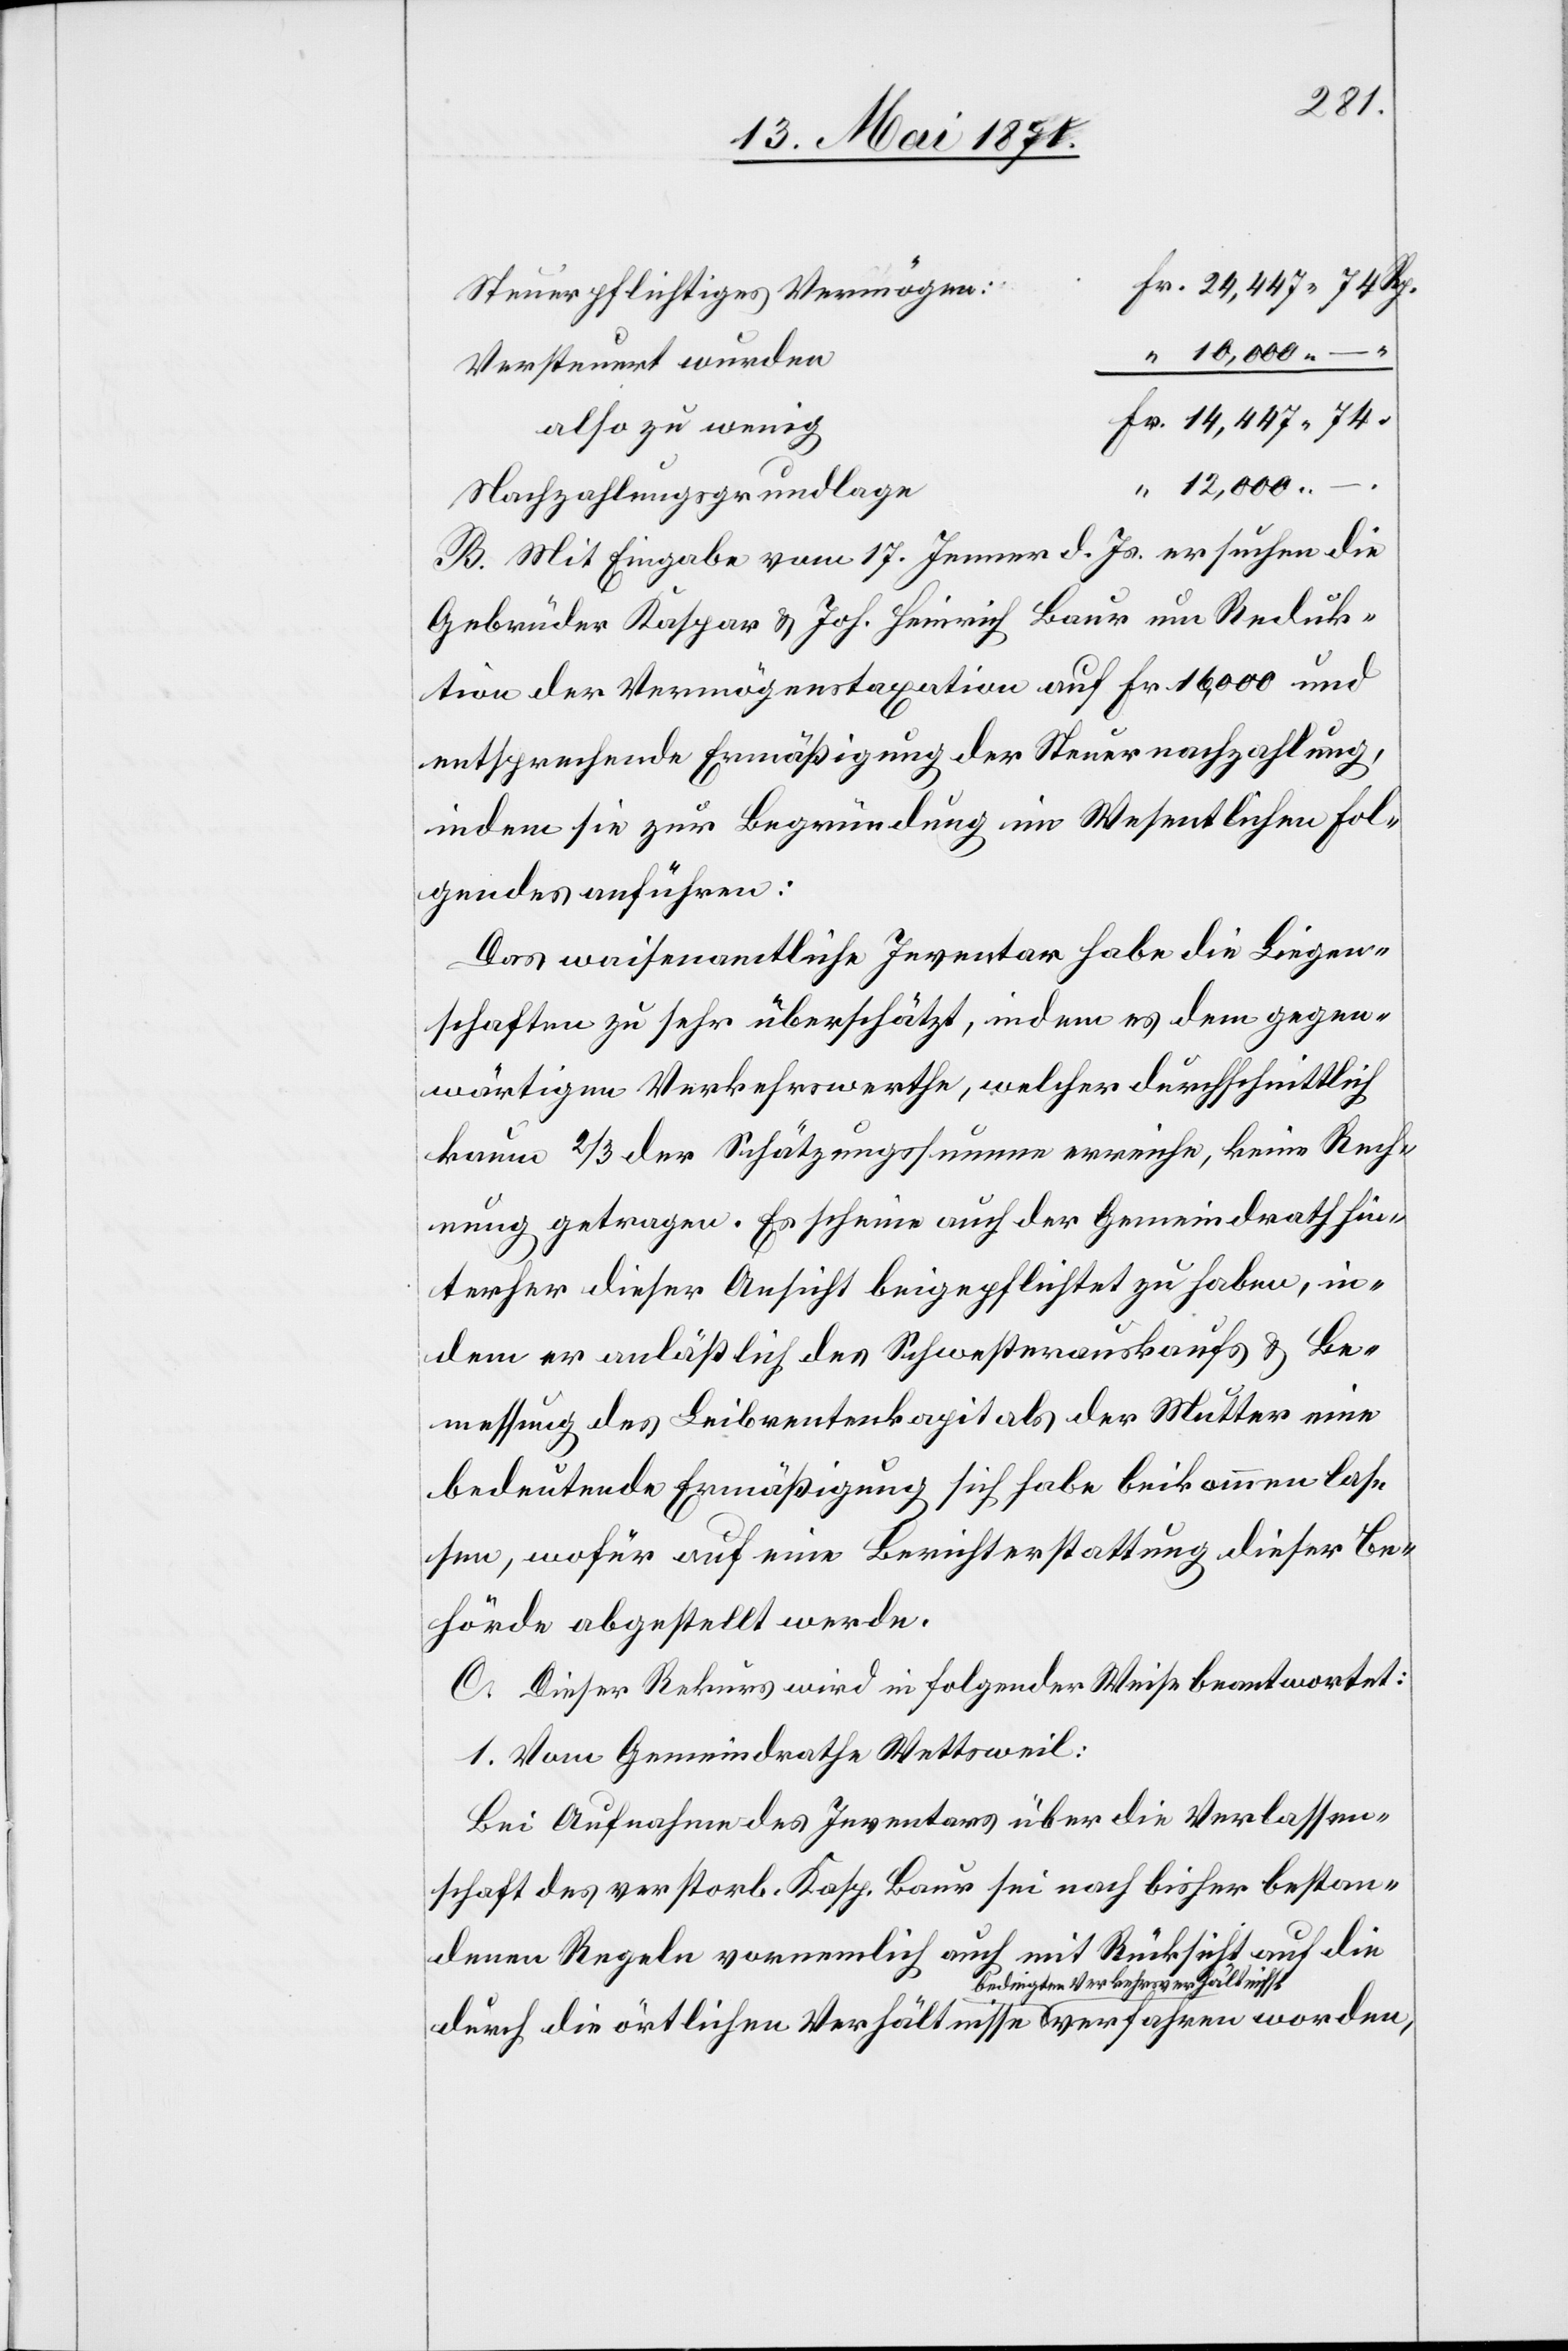
Steuerpflichtiges Vermögen:
Versteuert wurden
also zu wenig
worden,
12,000.–.
Nachzahlungsgrundlage
B. Mit Eingabe vom 17. Jenner d. Js. ersuchen die
Gebrüder Kaspar u. Joh. Heinrich Baur um Reduk¬
tion der Vermögenstaxation auf Fr. 16,000 und
entsprechende Ermäßigung der Steuernachzahlung,
indem sie zur Begründung im Wesentlichen Fol¬
gendes anführen:
Das waisenamtliche Inventar habe die Liegen¬
schaften zu sehr überschätzt, in dem es dem gegen¬
wärtigen Verkehrswerthe, welcher durchschnittlich
kaum 2/3 der Schätzungssumme erreiche, keine Rech¬
nung getragen. Es scheine auch der Gemeindrath hin¬
terher dieser Ansicht beigepflichtet zu haben, in¬
dem er anläßlich des Schwesterauskaufs u. Be¬
messung des Leibrentenkapitals der Mutter eine
bedeutende Ermäßigung sich habe beikommen las¬
sen, wofür auf eine Berichterstattung dieser Be¬
hörde abgestellt werde.
C. Dieser Rekurs wird in folgender Weise beantwortet:
1. Vom Gemeindrathe Wettsweil:
Bei Aufnahme des Inventars über die Verlassen¬
schaft des verstorb. Kasp. Baur sei nach bisher bestan¬
denen Regeln vornehmlich auch mit Rücksicht auf die
durch die örtlichen Verhältnisse bedingten Verke¬